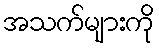
အသက်များကို